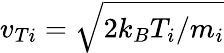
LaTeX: v_{Ti}=\sqrt{2k_{B}T_{i}/m_{i}}